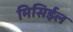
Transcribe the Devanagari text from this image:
मिसिईल